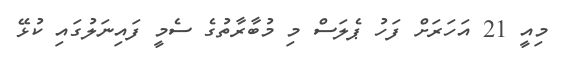
މިއީ 21 އަހަރަށް ފަހު ޕެލަސް މި މުބާރާތުގެ ސެމީ ފައިނަލުގައި ކުޅޭ